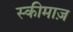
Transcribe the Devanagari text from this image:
स्कीमाज़